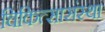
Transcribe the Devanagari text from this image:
चिकित्सासंस्था